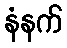
နံနက်